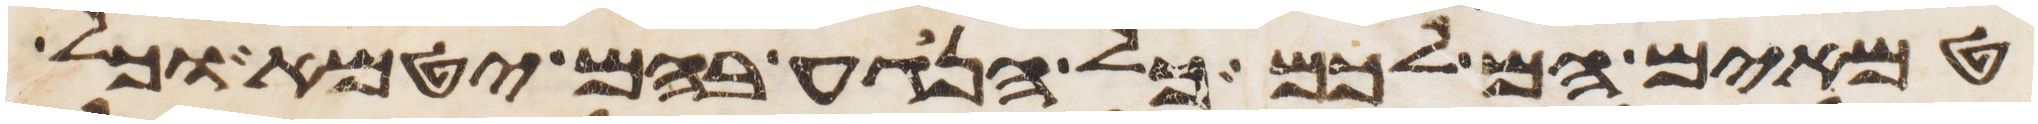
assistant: טמאים הם לכם כל הנגע בהם יטמא וכל